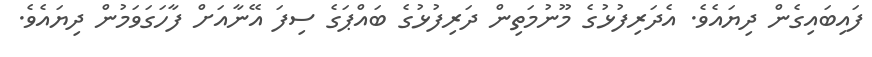
ފައިބައިގެން ދިޔައެވެ. އެދަރިފުޅުގެ މޫނުމަތިން ދަރިފުޅުގެ ބައްޕަގެ ސިފަ އޭނާއަށް ފާހަގަވަމުން ދިޔައެވެ.